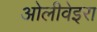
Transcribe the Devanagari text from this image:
ओलीवेइरा